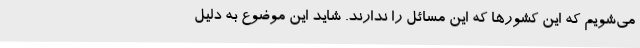
می‌شویم که این کشورها که این مسائل را ندارند. شاید این موضوع به دلیل